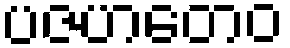
ပဇဟတေဝ